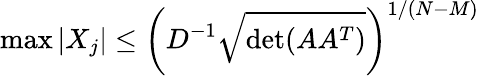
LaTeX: \operatorname*{max}|X_{j}|\leq\left(D^{-1}{\sqrt{\operatorname*{det}(AA^{T})}}\right)^{1/(N-M)}